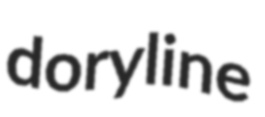
doryline